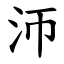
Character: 沞